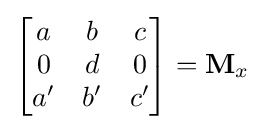
{\begin{bmatrix}a&b&c\\0&d&0\\a'&b'&c'\end{bmatrix}}=\mathbf {M} _{x}